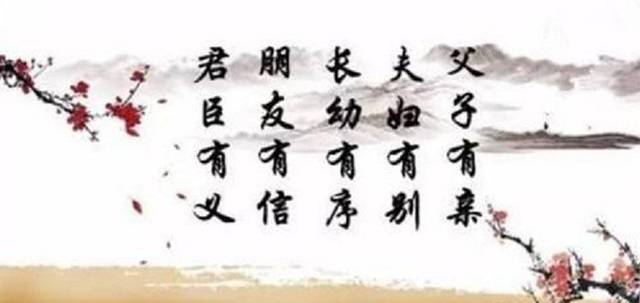
父子有亲，君臣有义，夫妇有别，长幼有序，朋友有信。